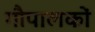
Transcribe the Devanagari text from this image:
गौपालकों